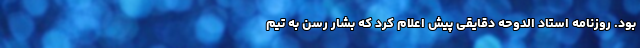
بود. روزنامه استاد الدوحه دقایقی پیش اعلام کرد که بشار رسن به تیم